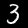
Label: 3